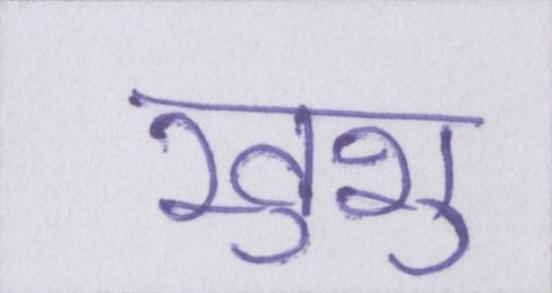
खुशु